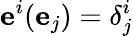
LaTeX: \mathbf{e}^{i}(\mathbf{e}_{j})=\delta_{j}^{i}